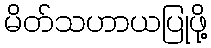
မိတ်သဟာယပြုဖို့